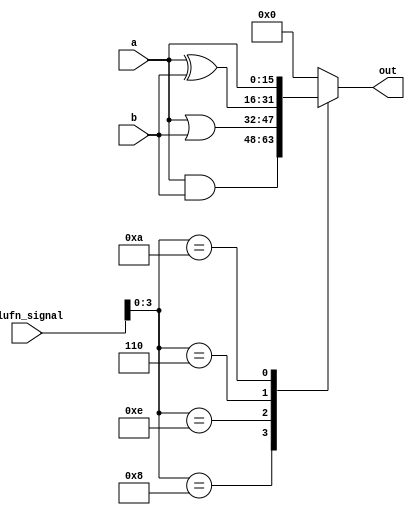
module boolean_19 (
    input [15:0] a,
    input [15:0] b,
    input [5:0] alufn_signal,
    output reg [15:0] out
  );
  
  
  
  always @* begin
    
    case (alufn_signal[0+3-:4])
      4'h8: begin
        out = a & b;
      end
      4'he: begin
        out = a | b;
      end
      4'h6: begin
        out = a ^ b;
      end
      4'ha: begin
        out = a;
      end
      default: begin
        out = 16'h0000;
      end
    endcase
  end
endmodule